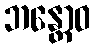
ဘန္တောဝ